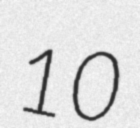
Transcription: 10